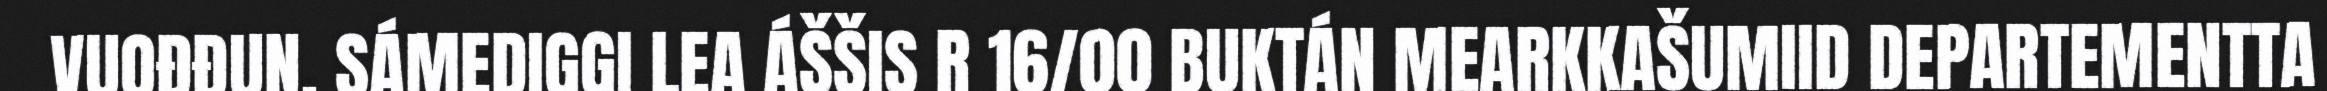
VUOĐĐUN. SÁMEDIGGI LEA ÁŠŠIS R 16/00 BUKTÁN MEARKKAŠUMIID DEPARTEMENTTA